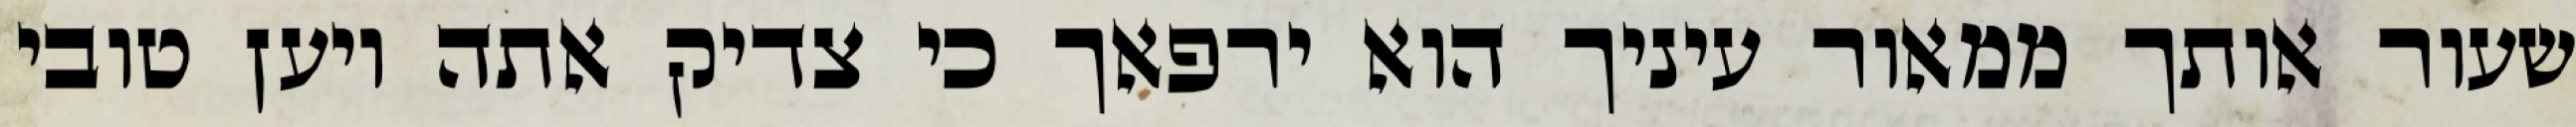
שעור אותך ממאור עיניך הוא ירפאך כי צדיק אתה ויען טובי